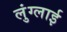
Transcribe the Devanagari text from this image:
लुंग्लाई